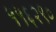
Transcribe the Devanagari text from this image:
५५६२९०